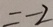
= - 2